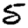
Digit: 5